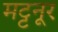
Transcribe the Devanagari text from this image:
मट्टनूर